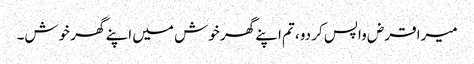
میرا قرض واپس کر دو، تم اپنے گھر خوش میں اپنے گھر خوش۔